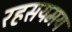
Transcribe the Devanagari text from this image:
रहसयमय